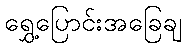
ရွှေ့ပြောင်းအခြေချ